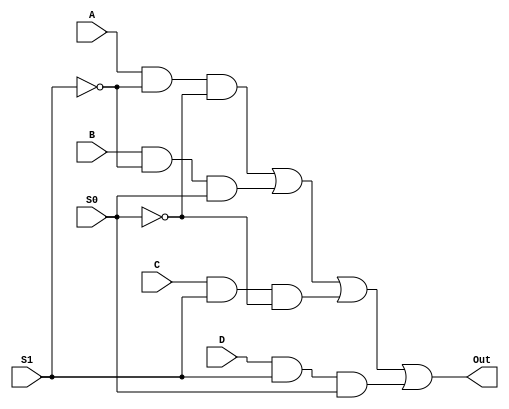
module mux(input A,input B,input C,input D,input S1,input S0,output Out);

assign Out = ((A&(~S1)&(~S0))|(B&(~S1)&S0)|(C&S1&(~S0))|(D&S1&S0));

endmodule